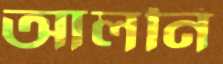
আলনি